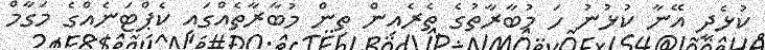
ކުޅެދީ އޭނާ ކުޅުނު ހަ މުބާރާތުގެ ތެރެއިން ތިން މުބާރާތެއްގައި ކެޕްޓަނެއްގެ މަގާމް